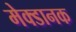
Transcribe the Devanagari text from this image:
मेक्डानक